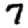
Digit: 7